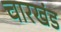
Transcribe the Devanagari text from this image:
चारखंड